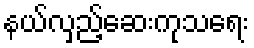
နယ်လှည့်ဆေးကုသရေး